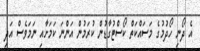
އެ ދޯނި ހޯދުމުގެ މަސައްކަތް ކޯސްޓުގާޑުން ކުރަމުން އަންނަ ކަމަށާއި ނަމަވެސް އަދި